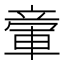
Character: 𥪠